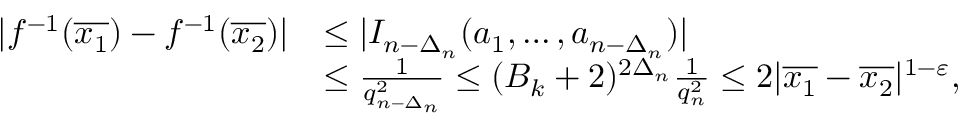
\begin{array} { r l } { | f ^ { - 1 } ( \overline { { x _ { 1 } } } ) - f ^ { - 1 } ( \overline { { x _ { 2 } } } ) | } & { \leq | I _ { n - \Delta _ { n } } ( a _ { 1 } , \ldots , a _ { n - \Delta _ { n } } ) | } \\ & { \leq \frac { 1 } { q _ { n - \Delta _ { n } } ^ { 2 } } \leq ( B _ { k } + 2 ) ^ { 2 \Delta _ { n } } \frac { 1 } { q _ { n } ^ { 2 } } \leq 2 | \overline { { x _ { 1 } } } - \overline { { x _ { 2 } } } | ^ { 1 - \varepsilon } , } \end{array}